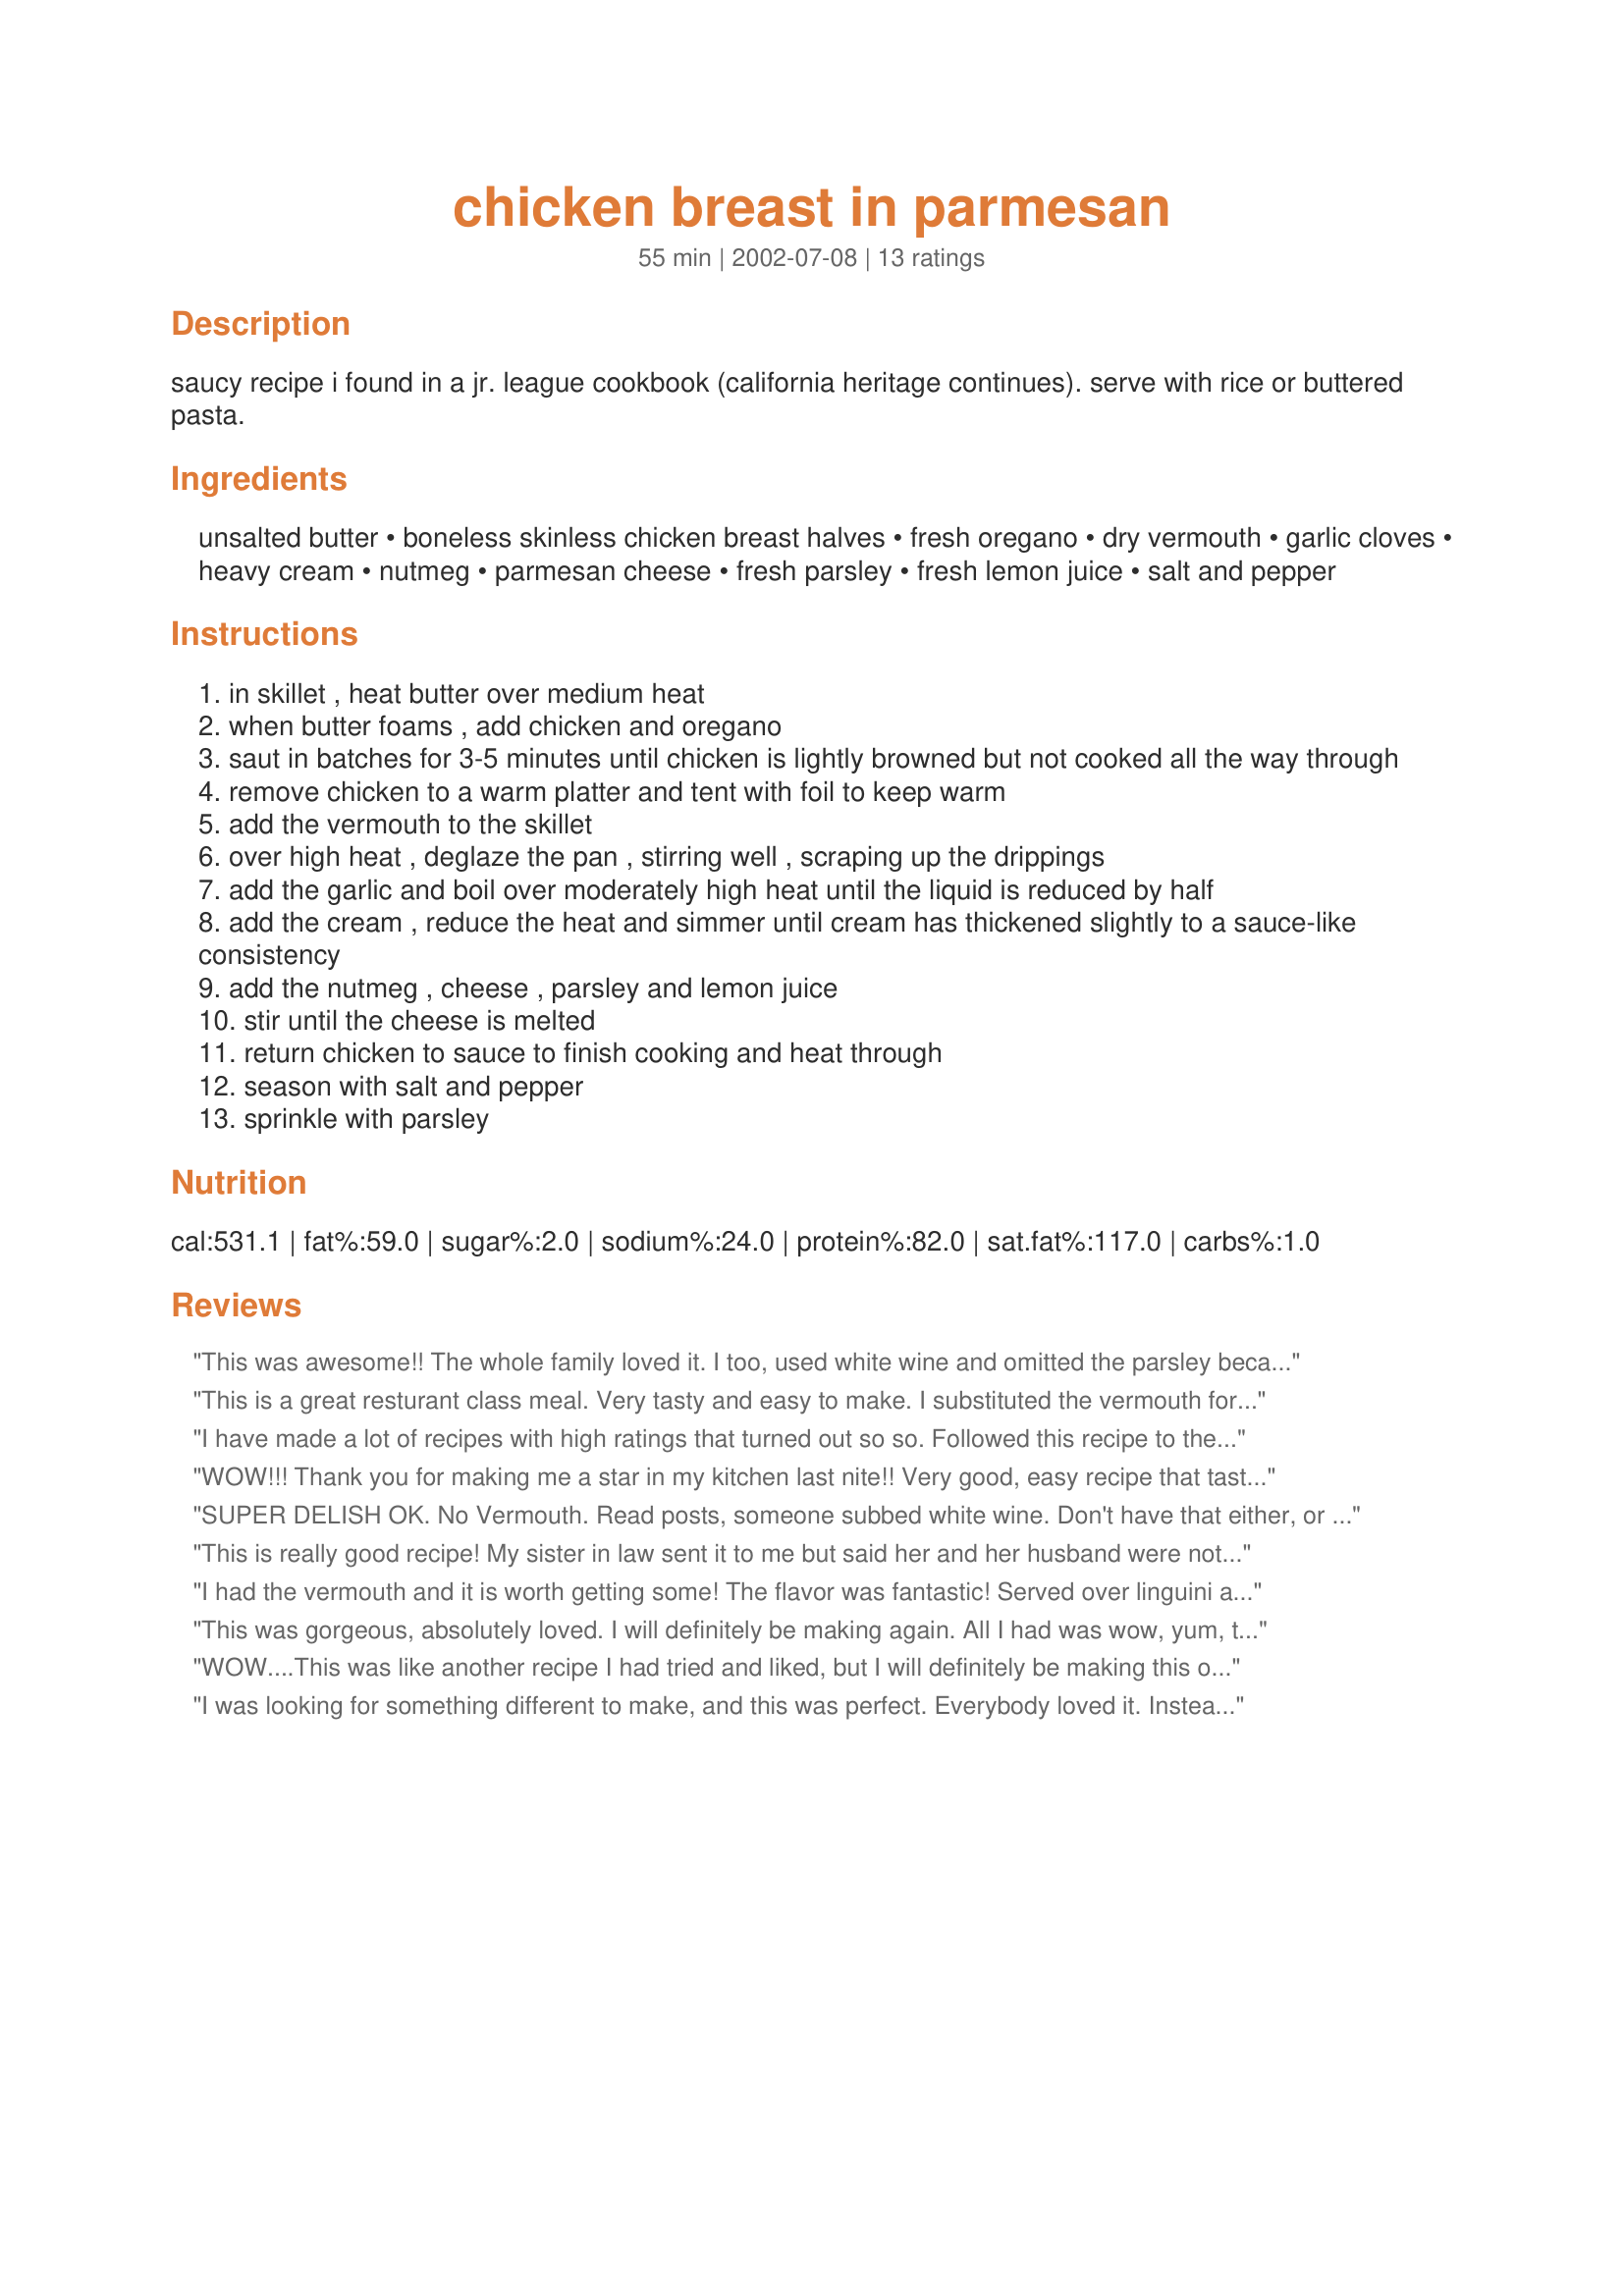
chicken breast in parmesan
Preparation time: 55 minutes

saucy recipe i found in a jr. league cookbook (california heritage continues). serve with rice or buttered pasta.

Ingredients:
unsalted butter, boneless skinless chicken breast halves, fresh oregano, dry vermouth, garlic cloves, heavy cream, nutmeg, parmesan cheese, fresh parsley, fresh lemon juice, salt and pepper

Steps:
in skillet , heat butter over medium heat
when butter foams , add chicken and oregano
saut in batches for 3-5 minutes until chicken is lightly browned but not cooked all the way through
remove chicken to a warm platter and tent with foil to keep warm
add the vermouth to the skillet
over high heat , deglaze the pan , stirring well , scraping up the drippings
add the garlic and boil over moderately high heat until the liquid is reduced by half
add the cream , reduce the heat and simmer until cream has thickened slightly to a sauce-like consistency
add the nutmeg , cheese , parsley and lemon juice
stir until the cheese is melted
return chicken to sauce to finish cooking and heat through
season with salt and pepper
sprinkle with parsley

Reviews:
This was awesome!! The whole family loved it. I too, used white wine and omitted the parsley because I had none. Served it over cheese tortellini and it was great! Everyone loved it! Not exactly dietary but still really good. :)
This is a great resturant class meal. Very tasty and easy to make. I substituted the vermouth for a cup of white wine and used less parmasan cheese but made up the quantity difference with Tasty chedder. It was a huge hit with the family! I highly recommend this dish. For food of this quality you could pay an arm and a leg at any resturant here in NZ. 

I have made a lot of recipes with high ratings that turned out so so. Followed this recipe to the T and it turned out wonderful. Finally one that lives up to its ratings!
WOW!!!
Thank you for making me a star in my kitchen last nite!! Very good, easy recipe that tastes like you've spent hours making it. I took the tip on using dry white wine (no vermouth on hand, either) and it worked wonderfully. I served it over cheese tortellini, and it was an excellent meal. I'll definately be making this one again and again! Thank you!
SUPER DELISH
OK. No Vermouth. Read posts, someone subbed white wine. Don't have that either, or apple juice which is listed as a sub for white wine. I was drinking vodka and sprite and thought, why not? Out of nutmeg, too. A sprinkle of allspice did the trick. I added a big red bell pepper and all the "fresh" ingredients came out of a jar or can. Next time I'll double the sauce recipe and work out the next day!
This is really good recipe! My sister in law sent it to me but said her and her husband were not too impressed and thought maybe it was the nutmeg. I prepared it pretty much the same with a few changes. I did not have dry vermouth on hand so I used Cooking Sherry istead. I love just about any dish with cooking sherry! I doubled the garlic because we love garlic, and I used 1/2 tsp of nutmeg because of my sister in laws review. I also doubled the lemon juice. I served it over cheese tortelleni like one other user reviewed.. and it was great! My hubby said it was better than Olive Garden! Great Recipe! I will make it again!
I had the vermouth and it is worth getting some! The flavor was fantastic! Served over linguini and even the kids liked it!
This was gorgeous, absolutely loved. I will definitely be making again. All I had was wow, yum, this is so good from my table tonight. Very easy to make, which I love. I served mine over wild rice, which for our taste was perfect. This is definitely a keeper. I agree with other reviews you would never guess it hasn't taken you hours to make. Great post thanks for sharing.
WOW....This was like another recipe I had tried and liked, but I will definitely be making this one from now on. Very easy, I omitted the nutmeg though, as I am not a fan of that spice. I will try adding more garlic next time as my family LOVES it. An excellent recipe just as it is. Many thanks Sharlene!!
I was looking for something different to make, and this was perfect. Everybody loved it. Instead of the heavy cream, I made a thin white sauce out of a little bit of butter, milk and flour and then mixed it with the pan scrapings. This allowed me to cut back on the cheese a little as well. I also used white wine and it worked out just fine. The nutmeg and the lemon juice really gave this a complex flavor. The whole family enjoyed it with egg noodles. Thanks so much for a wonderful recipe!
Excellent! The result reminded us of a French chicken dish where the recipe and notes took more than a page of a hard cover book. This recipe is easy to make, follow the steps for a winning meal. We served it with rice and bread.
Delicious chicken recipe...I made this last night for dinner, my husband just went wild over the taste......I didn't have vermouth on hand, so I used dry white wine instead... it still was great!....The lemon gave it such a nice flavour. Thanx for a wonderful recipe Sharlene W :-)
Awesome, so creamy and so easy to make, very quick, The only wine I had in the house was cabinet sauvignon, and it was sensational, Will be making it when we have guests, it definately tastes like something you would have in a restaurant. Can't wait till I make it with the vermouth. It has the WOW factor.
